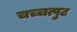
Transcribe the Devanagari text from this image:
चच्चत्पुट